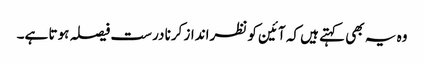
وہ یہ بھی کہتے ہیں کہ آئین کو نظرانداز کرنا درست فیصلہ ہوتا ہے۔